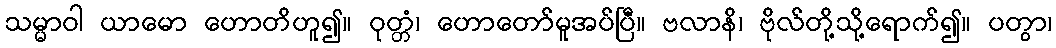
သမ္မာဝါ ယာမော ဟောတိဟူ၍။ ဝုတ္တံ၊ ဟောတော်မူအပ်ပြီ။ ဗလာနိ၊ ဗိုလ်တို့သို့ရောက်၍။ ပတွာ၊